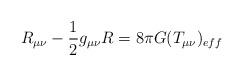
LaTeX: \begin{align*} R_{\mu \nu}-\frac{1}{2} g_{\mu \nu} R =8\pi G (T_{\mu \nu})_{eff}\end{align*}